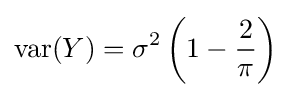
\operatorname {var} (Y)=\sigma ^{2}\left(1-{\frac {2}{\pi }}\right)